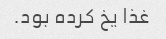
غذا یخ کرده بود.